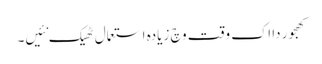
کھجور دا اک وقت وچ زیادہ استعمال ٹھیک نئیں۔